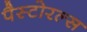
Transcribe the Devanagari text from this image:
पैस्टोरल्स